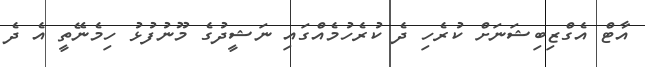
އާޓް އެގްޒިބިޝަނަށް ކުރެހި ދެ ކުރެހުމެއްގައި ނަޝީދުގެ މޫނުފުޅު ހިމެނޭތީ އެ ދެ